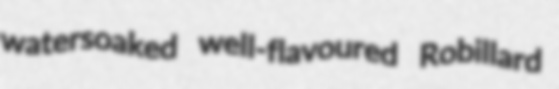
watersoaked well-flavoured Robillard